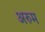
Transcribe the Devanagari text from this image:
अरुम